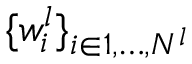
\{ w _ { i } ^ { l } \} _ { i \in { 1 , \dots , N ^ { l } } }